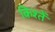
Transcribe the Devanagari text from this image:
किश्तें